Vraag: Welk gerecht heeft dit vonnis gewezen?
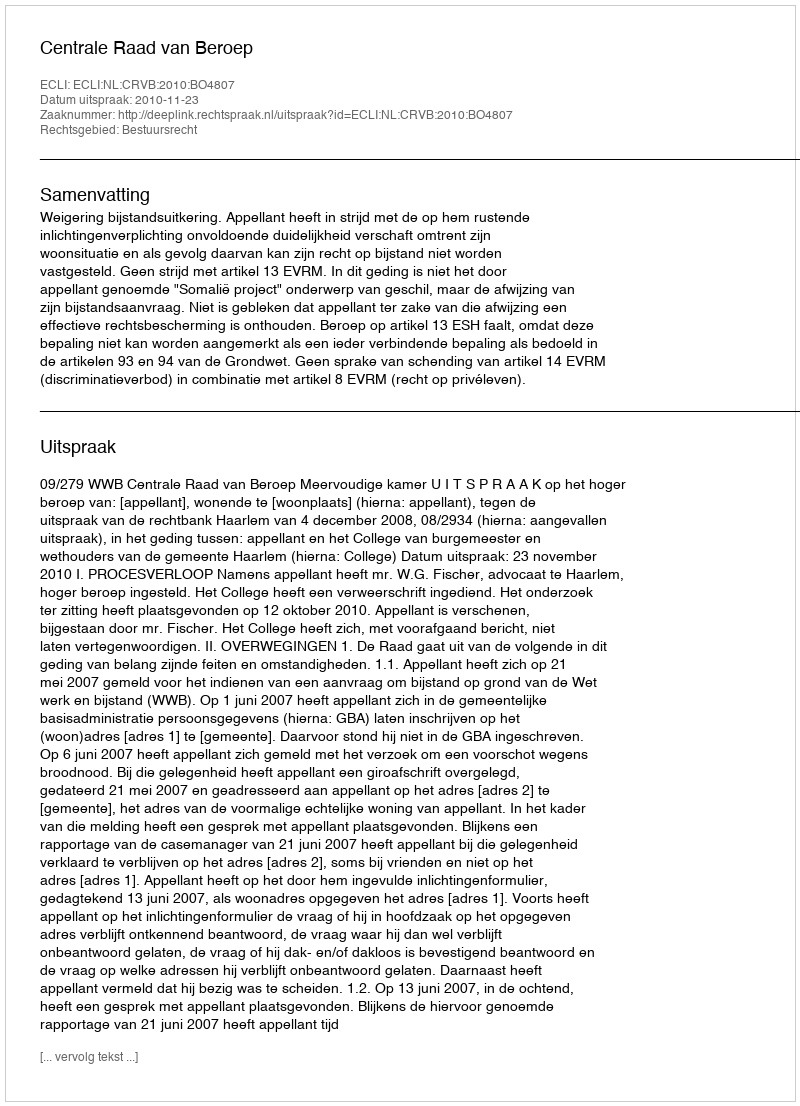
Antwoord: Centrale Raad van Beroep